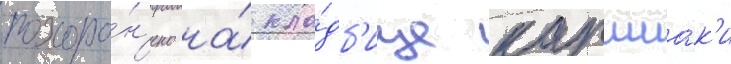
похоро́н'ено на́ кла́дб'ище каршиак'и